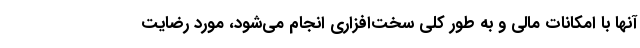
آنها با امكانات مالي و به طور كلي سخت‌افزاري انجام مي‌شود، مورد رضايت